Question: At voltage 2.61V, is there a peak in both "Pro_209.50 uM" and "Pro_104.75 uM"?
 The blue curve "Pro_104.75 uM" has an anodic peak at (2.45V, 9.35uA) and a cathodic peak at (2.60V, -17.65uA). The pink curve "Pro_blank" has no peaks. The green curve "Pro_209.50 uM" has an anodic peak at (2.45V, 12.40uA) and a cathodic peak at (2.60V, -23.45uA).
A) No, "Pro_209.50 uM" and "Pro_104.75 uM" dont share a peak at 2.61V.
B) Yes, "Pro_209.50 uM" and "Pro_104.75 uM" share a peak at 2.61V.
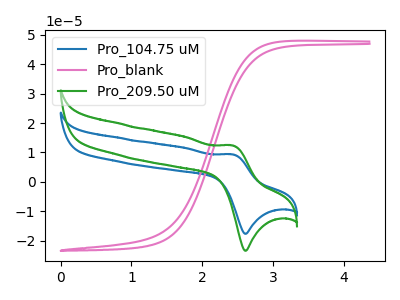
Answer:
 <answer>B) Yes, "Pro_209.50 uM" and "Pro_104.75 uM" share a peak at 2.61V.</answer>
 <eval>B</eval>